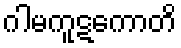
ဂါမကူဋကောတိ